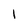
Character: l